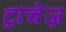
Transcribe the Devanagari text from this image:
ट्रांचेज़